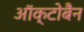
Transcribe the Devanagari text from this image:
ऑक्टोबैन